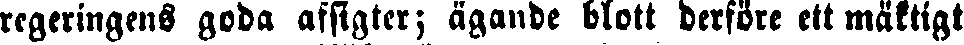
regeringens goda afsigter; ägande blott derföre ett mäktigt